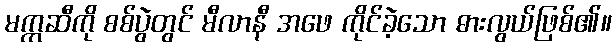
မက္ကဆီကို စစ်ပွဲတွင် မီလာနီ အဖေ ကိုင်ခဲ့သော ဓားလွယ်ဖြစ်၏။